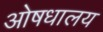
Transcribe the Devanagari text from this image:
ओषधालय